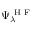
\Psi _ { \lambda } ^ { \mathrm { ~ H ~ F ~ } }